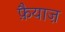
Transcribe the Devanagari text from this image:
फ़ैयाज़